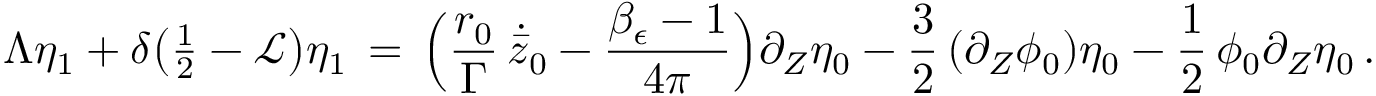
\Lambda \eta _ { 1 } + \delta \bigl ( { \textstyle \frac 1 2 } - \mathcal { L } \bigr ) \eta _ { 1 } \, = \, \Bigl ( \frac { { r _ { 0 } } } { \Gamma } \, \dot { \bar { z } } _ { 0 } - \frac { \beta _ { \epsilon } - 1 } { 4 \pi } \Bigr ) \partial _ { Z } \eta _ { 0 } - \frac { 3 } { 2 } \, ( \partial _ { Z } \phi _ { 0 } ) \eta _ { 0 } - \frac { 1 } { 2 } \, \phi _ { 0 } \partial _ { Z } \eta _ { 0 } \, .